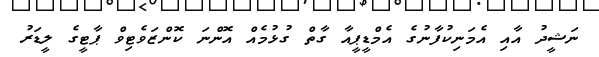
ނަޝީދު އާއި އެމަނިކުފާނުގެ އެމްޑީޕީއާ ގާތް ގުޅުމެއް އޮންނަ ކޮންޒަވެޓިވް ޕާޓީގެ ލީޑަރު